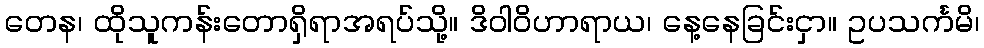
တေန၊ ထိုသူကန်းတောရှိရာအရပ်သို့။ ဒိဝါဝိဟာရာယ၊ နေ့နေခြင်းငှာ။ ဥပသင်္ကမိ၊